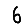
Digit: 6